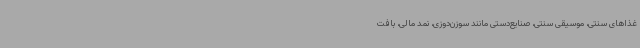
غذاهای سنتی، موسیقی سنتی، صنایع‌دستی مانند سوزن‌دوزی، نمد مالی، بافت